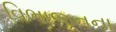
વિભાજનના